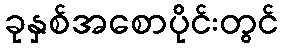
ခုနှစ်အစောပိုင်းတွင်